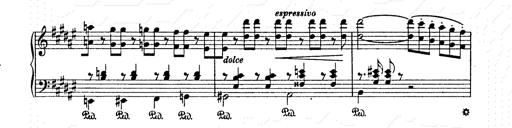
Title: AnnÃ©es de pÃ¨lerinage II
Composer: Franz Liszt